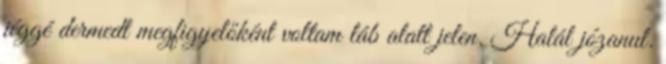
jéggé dermedt megfigyelőként voltam láb alatt jelen. Halál józanul.